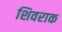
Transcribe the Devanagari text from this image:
शिवराक